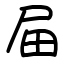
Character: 屇